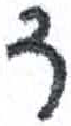
אות: ד